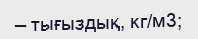
— тығыздық, кг/м3;